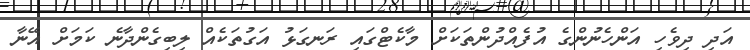
އަދި ދިވެހި އަންހެނުންގެ އުފެއްދުންތަކަށް މާކެޓްގައި ރަނގަޅު އަގުތަކެއް ލިބިގެންދާނެ ކަމަށް އޭނާ